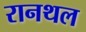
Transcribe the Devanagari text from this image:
रानथल